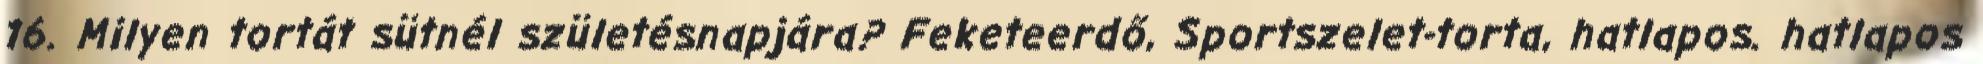
16. Milyen tortát sütnél születésnapjára? Feketeerdő, Sportszelet-torta, hatlapos. hatlapos